Civil Veterinary Dept. Bombay admin report 1893-99 - 1893-1899
Year: 1893
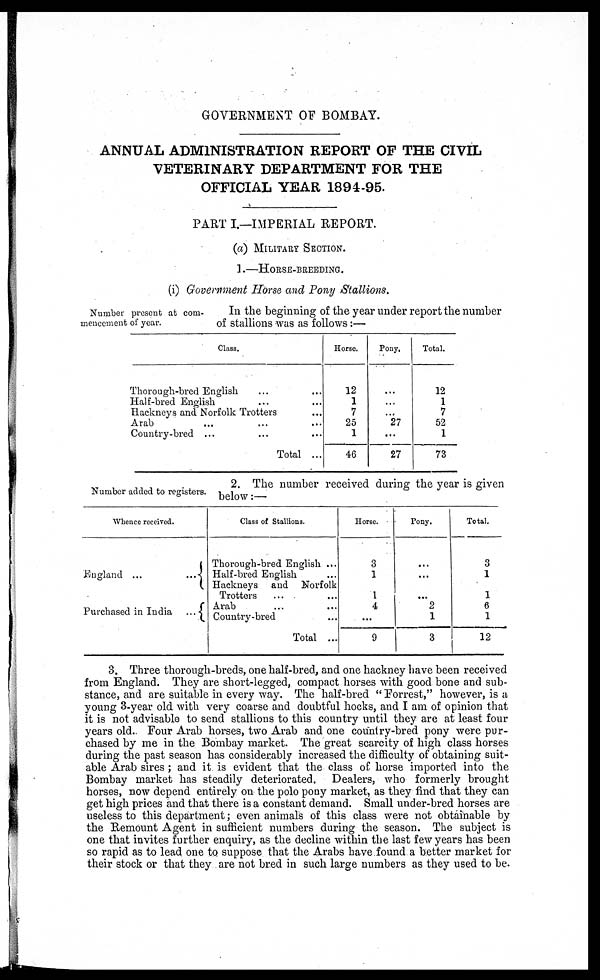
GOVERNMENT OF BOMBAY.
ANNUAL ADMINISTRATION REPORT OF THE CIVIL
VETERINARY DEPARTMENT FOR THE
OFFICIAL YEAR 1894-95.
PART I.—IMPERIAL REPORT.
(a) MILITERY SECTION.
1.—HORSE-BREEDING.
(i) Government Horse and Pony Stallions,
Number present at com-
mencement of year.
In the beginning of the year under report the number
of stallions was as follows:—
Class.
Thorough-bred English ... ....
Half-bred English ... ....
Hackneys and Norfolk Trotters ...
Arab ... .... ...
Country-bred ... ... ...
Total ...
Horse.
12
1
7
25
1
46
Pony.
...
...
...
27
...
27
Total.
12
1
7
52
1
73
Number added to registers.
2. The number received during the year is given
below:—
Whence received.
England ...
...
Purchased in India
...
Class of Stallions.
Thorough-bred English ...
Half-bred English ...
Hackneys
and
Norfolk
Trotters ... ...
Arab ... ...
Country-bred ...
Total ...
Horse.
3
1
1
4
...
9
Pony.
...
...
...
2
1
3
Total.
3
1
1
6
1
12
3. Three thorough-breds, one half-bred, and one hackney have been received
from England. They are short-legged, compact horses with good bone and sub-
stance, and are suitable in every way. The half-bred "Forrest," however, is a
young 3-year old with very coarse and doubtful hocks, and I am of opinion that
it is not advisable to send stallions to this country until they are at least four
years old. Four Arab horses, two Arab and one country-bred pony were pur-
chased by me in the Bombay market. The great scarcity of high class horses
during the past season has considerably increased the difficulty of obtaining suit-
able Arab sires ; and it is evident that the class of horse imported into the
Bombay market has steadily deteriorated. Dealers, who formerly brought
horses, now depend entirely on the polo pony market, as they find that they can
get high prices and that there is a constant demand. Small under-bred horses are
useless to this department; even animals of this class were not obtainable by
the Remount Agent in sufficient numbers during the season. The subject is
one that invites further enquiry, as the decline within the last few years has been
so rapid as to lead one to suppose that the Arabs have found a better market for
their stock or that they are not bred in such large numbers as they used to be.